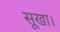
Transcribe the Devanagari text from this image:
सूखा।